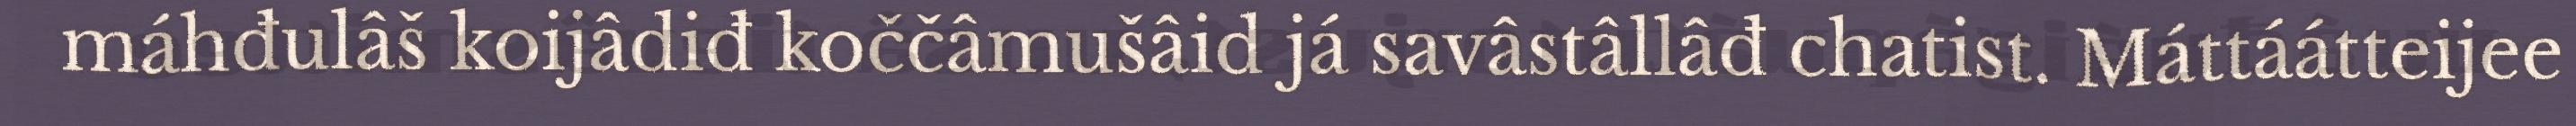
máhđulâš koijâdiđ koččâmušâid já savâstâllâđ chatist. Máttáátteijee